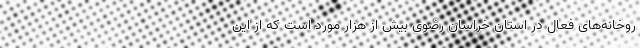
روخانه‌های فعال در استان خراسان رضوی بیش از هزار مورد است که از این